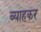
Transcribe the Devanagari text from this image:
ब्याहकर